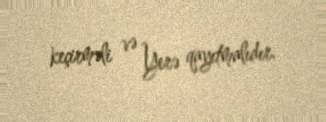
keçirməli və Yerə qayıtmalıdır.